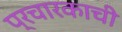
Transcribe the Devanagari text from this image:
प्रचारकाची